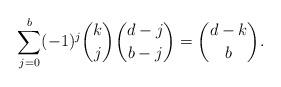
LaTeX: \begin{align*} \sum_{j=0}^b (-1)^j \binom{k}{j} \binom{d-j}{b-j} = \binom{d-k}{b}. \end{align*}